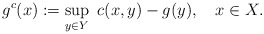
\begin{align*}g^c(x):=\sup_{y\in Y}\ c(x,y)-g(y),\ \ \ x\in X.\end{align*}